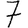
Digit: 7